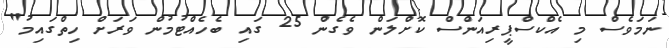
ނަމަވެސް މި އެކްސްޕީރިއަންސް ކޮށްލަން ވެގެން 25 ގައި ބެހެއްޓުމުން ވަރަށް ހިތްގައިމު"